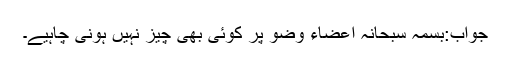
جواب:بسمہ سبحانہ اعضاء وضو پر کوئی بھی چیز نہیں ہونی چاہیے۔